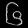
Digit: ၆